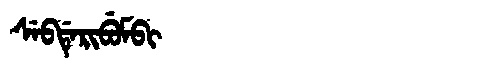
Manchu: ᠰᡝᠪᡩᡝᡵᡳᠪᡠᠮᠪᡳ
Romanization: SEBDERIBUMBI